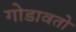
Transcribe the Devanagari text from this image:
गोडावतो